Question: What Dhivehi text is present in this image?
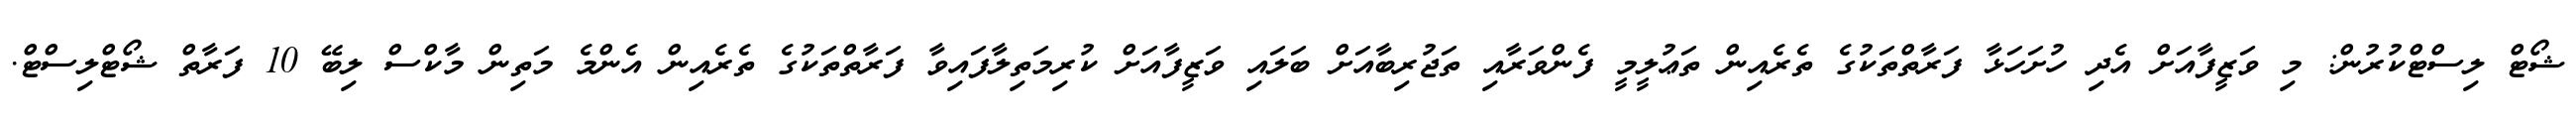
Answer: ޝޯޓް ލިސްޓްކުރުން: މި ވަޒީފާއަށް އެދި ހުށަހަޅާ ފަރާތްތަކުގެ ތެރެއިން ތަޢުލީމީ ފެންވަރާއި ތަޖުރިބާއަށް ބަލައި ވަޒީފާއަށް ކުރިމަތިލާފައިވާ ފަރާތްތަކުގެ ތެރެއިން އެންމެ މަތިން މާކްސް ލިބޭ 10 ފަރާތް ޝޯޓްލިސްޓް.